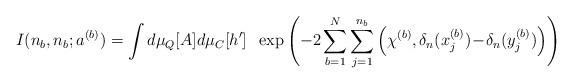
LaTeX: \begin{align*}I(n_b,n_b;a^{(b)}) = \int d\mu_Q[A] d\mu_C[h^\prime] \; \; \exp \left( - 2 \sum_{b=1}^N \sum_{j=1}^{n_b}\Big( \chi^{(b)}, \delta_n(x_j^{(b)})\!-\!\delta_n(y_j^{(b)}) \Big) \right)\end{align*}